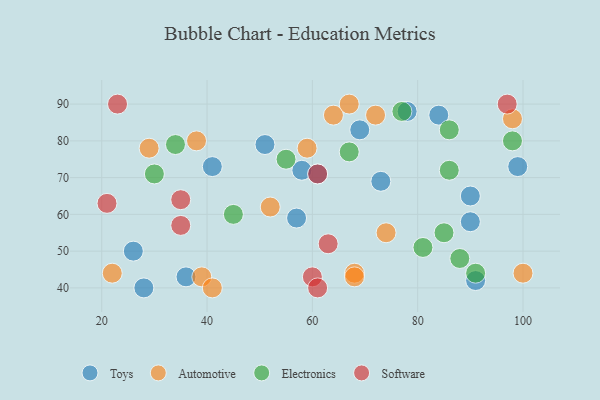
{"axis": {"x": "GDP", "y": "Life Expectancy"}, "legend": ["Automotive", "Electronics", "Software", "Toys"], "data": [{"x": "28", "y": 40, "type": "Toys"}, {"x": "57", "y": 59, "type": "Toys"}, {"x": "90", "y": 58, "type": "Toys"}, {"x": "78", "y": 88, "type": "Toys"}, {"x": "90", "y": 65, "type": "Toys"}, {"x": "99", "y": 73, "type": "Toys"}, {"x": "84", "y": 87, "type": "Toys"}, {"x": "69", "y": 83, "type": "Toys"}, {"x": "51", "y": 79, "type": "Toys"}, {"x": "41", "y": 73, "type": "Toys"}, {"x": "73", "y": 69, "type": "Toys"}, {"x": "91", "y": 42, "type": "Toys"}, {"x": "26", "y": 50, "type": "Toys"}, {"x": "58", "y": 72, "type": "Toys"}, {"x": "61", "y": 71, "type": "Toys"}, {"x": "36", "y": 43, "type": "Toys"}, {"x": "39", "y": 43, "type": "Automotive"}, {"x": "74", "y": 55, "type": "Automotive"}, {"x": "68", "y": 44, "type": "Automotive"}, {"x": "22", "y": 44, "type": "Automotive"}, {"x": "41", "y": 40, "type": "Automotive"}, {"x": "29", "y": 78, "type": "Automotive"}, {"x": "38", "y": 80, "type": "Automotive"}, {"x": "68", "y": 43, "type": "Automotive"}, {"x": "72", "y": 87, "type": "Automotive"}, {"x": "98", "y": 86, "type": "Automotive"}, {"x": "52", "y": 62, "type": "Automotive"}, {"x": "100", "y": 44, "type": "Automotive"}, {"x": "59", "y": 78, "type": "Automotive"}, {"x": "64", "y": 87, "type": "Automotive"}, {"x": "67", "y": 90, "type": "Automotive"}, {"x": "45", "y": 60, "type": "Electronics"}, {"x": "98", "y": 80, "type": "Electronics"}, {"x": "55", "y": 75, "type": "Electronics"}, {"x": "67", "y": 77, "type": "Electronics"}, {"x": "91", "y": 44, "type": "Electronics"}, {"x": "34", "y": 79, "type": "Electronics"}, {"x": "88", "y": 48, "type": "Electronics"}, {"x": "30", "y": 71, "type": "Electronics"}, {"x": "85", "y": 55, "type": "Electronics"}, {"x": "86", "y": 72, "type": "Electronics"}, {"x": "77", "y": 88, "type": "Electronics"}, {"x": "86", "y": 83, "type": "Electronics"}, {"x": "81", "y": 51, "type": "Electronics"}, {"x": "23", "y": 90, "type": "Software"}, {"x": "61", "y": 71, "type": "Software"}, {"x": "35", "y": 57, "type": "Software"}, {"x": "97", "y": 90, "type": "Software"}, {"x": "21", "y": 63, "type": "Software"}, {"x": "63", "y": 52, "type": "Software"}, {"x": "60", "y": 43, "type": "Software"}, {"x": "61", "y": 40, "type": "Software"}, {"x": "35", "y": 64, "type": "Software"}]}